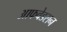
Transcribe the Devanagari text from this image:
आफवेडसन